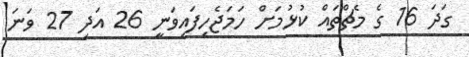
ގަދަ 16 ގެ މެޗްތައް ކުޅުމަށް ހަމަޖެހިފައިވަނީ 26 އަދި 27 ވަނަ